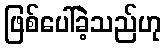
ဖြစ်ပေါ်ခဲ့သည်ဟု